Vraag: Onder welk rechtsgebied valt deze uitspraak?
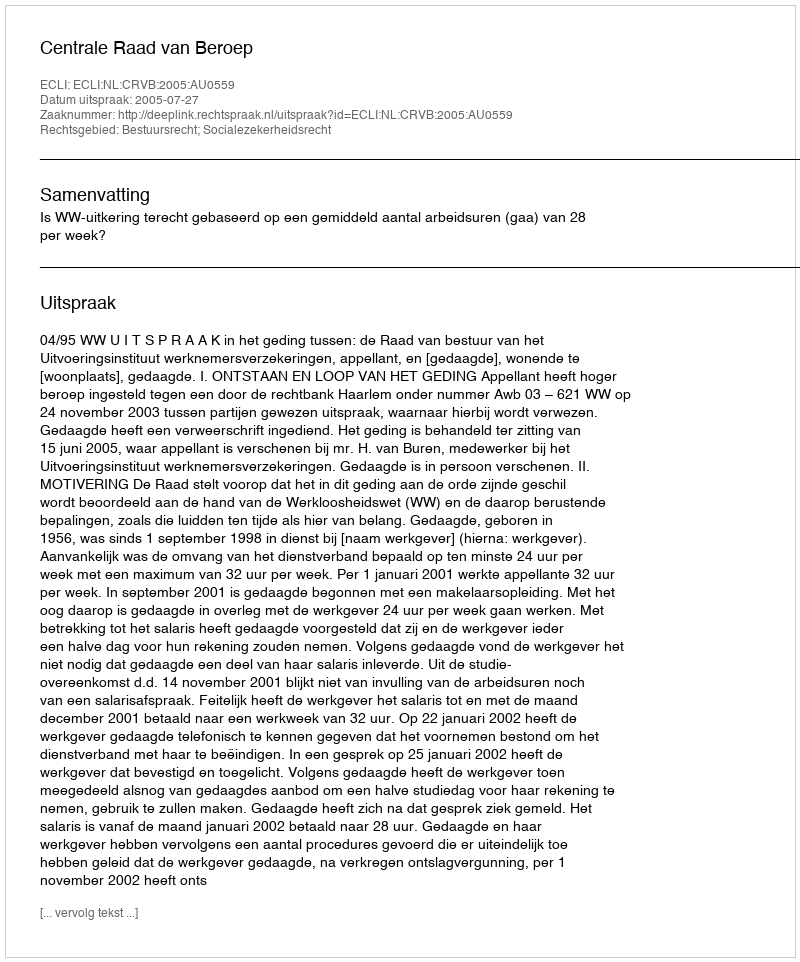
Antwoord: Bestuursrecht; Socialezekerheidsrecht